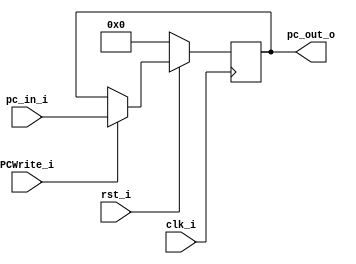
// 0816153

module ProgramCounter(
    clk_i,
	rst_i,
	pc_in_i,
	PCWrite_i,
	pc_out_o
);
     
//I/O ports
input PCWrite_i;
input           clk_i;
input	        rst_i;
input  [32-1:0] pc_in_i;
output [32-1:0] pc_out_o;
 
//Internal Signals
reg    [32-1:0] pc_out_o;
 
//Parameter

    
//Main function
always @(posedge clk_i) begin
    if(~rst_i)
	    pc_out_o <= 0;
	else if(PCWrite_i)
	    pc_out_o <= pc_in_i;
end

endmodule